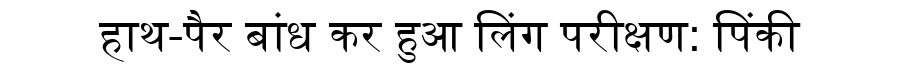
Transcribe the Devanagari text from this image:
हाथ-पैर बांध कर हुआ लिंग परीक्षण: पिंकी